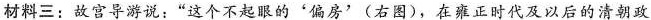
材料三：故宫导游说：”这个不起眼的'偏房'(右图)，在雍正时代及以后的清朝政